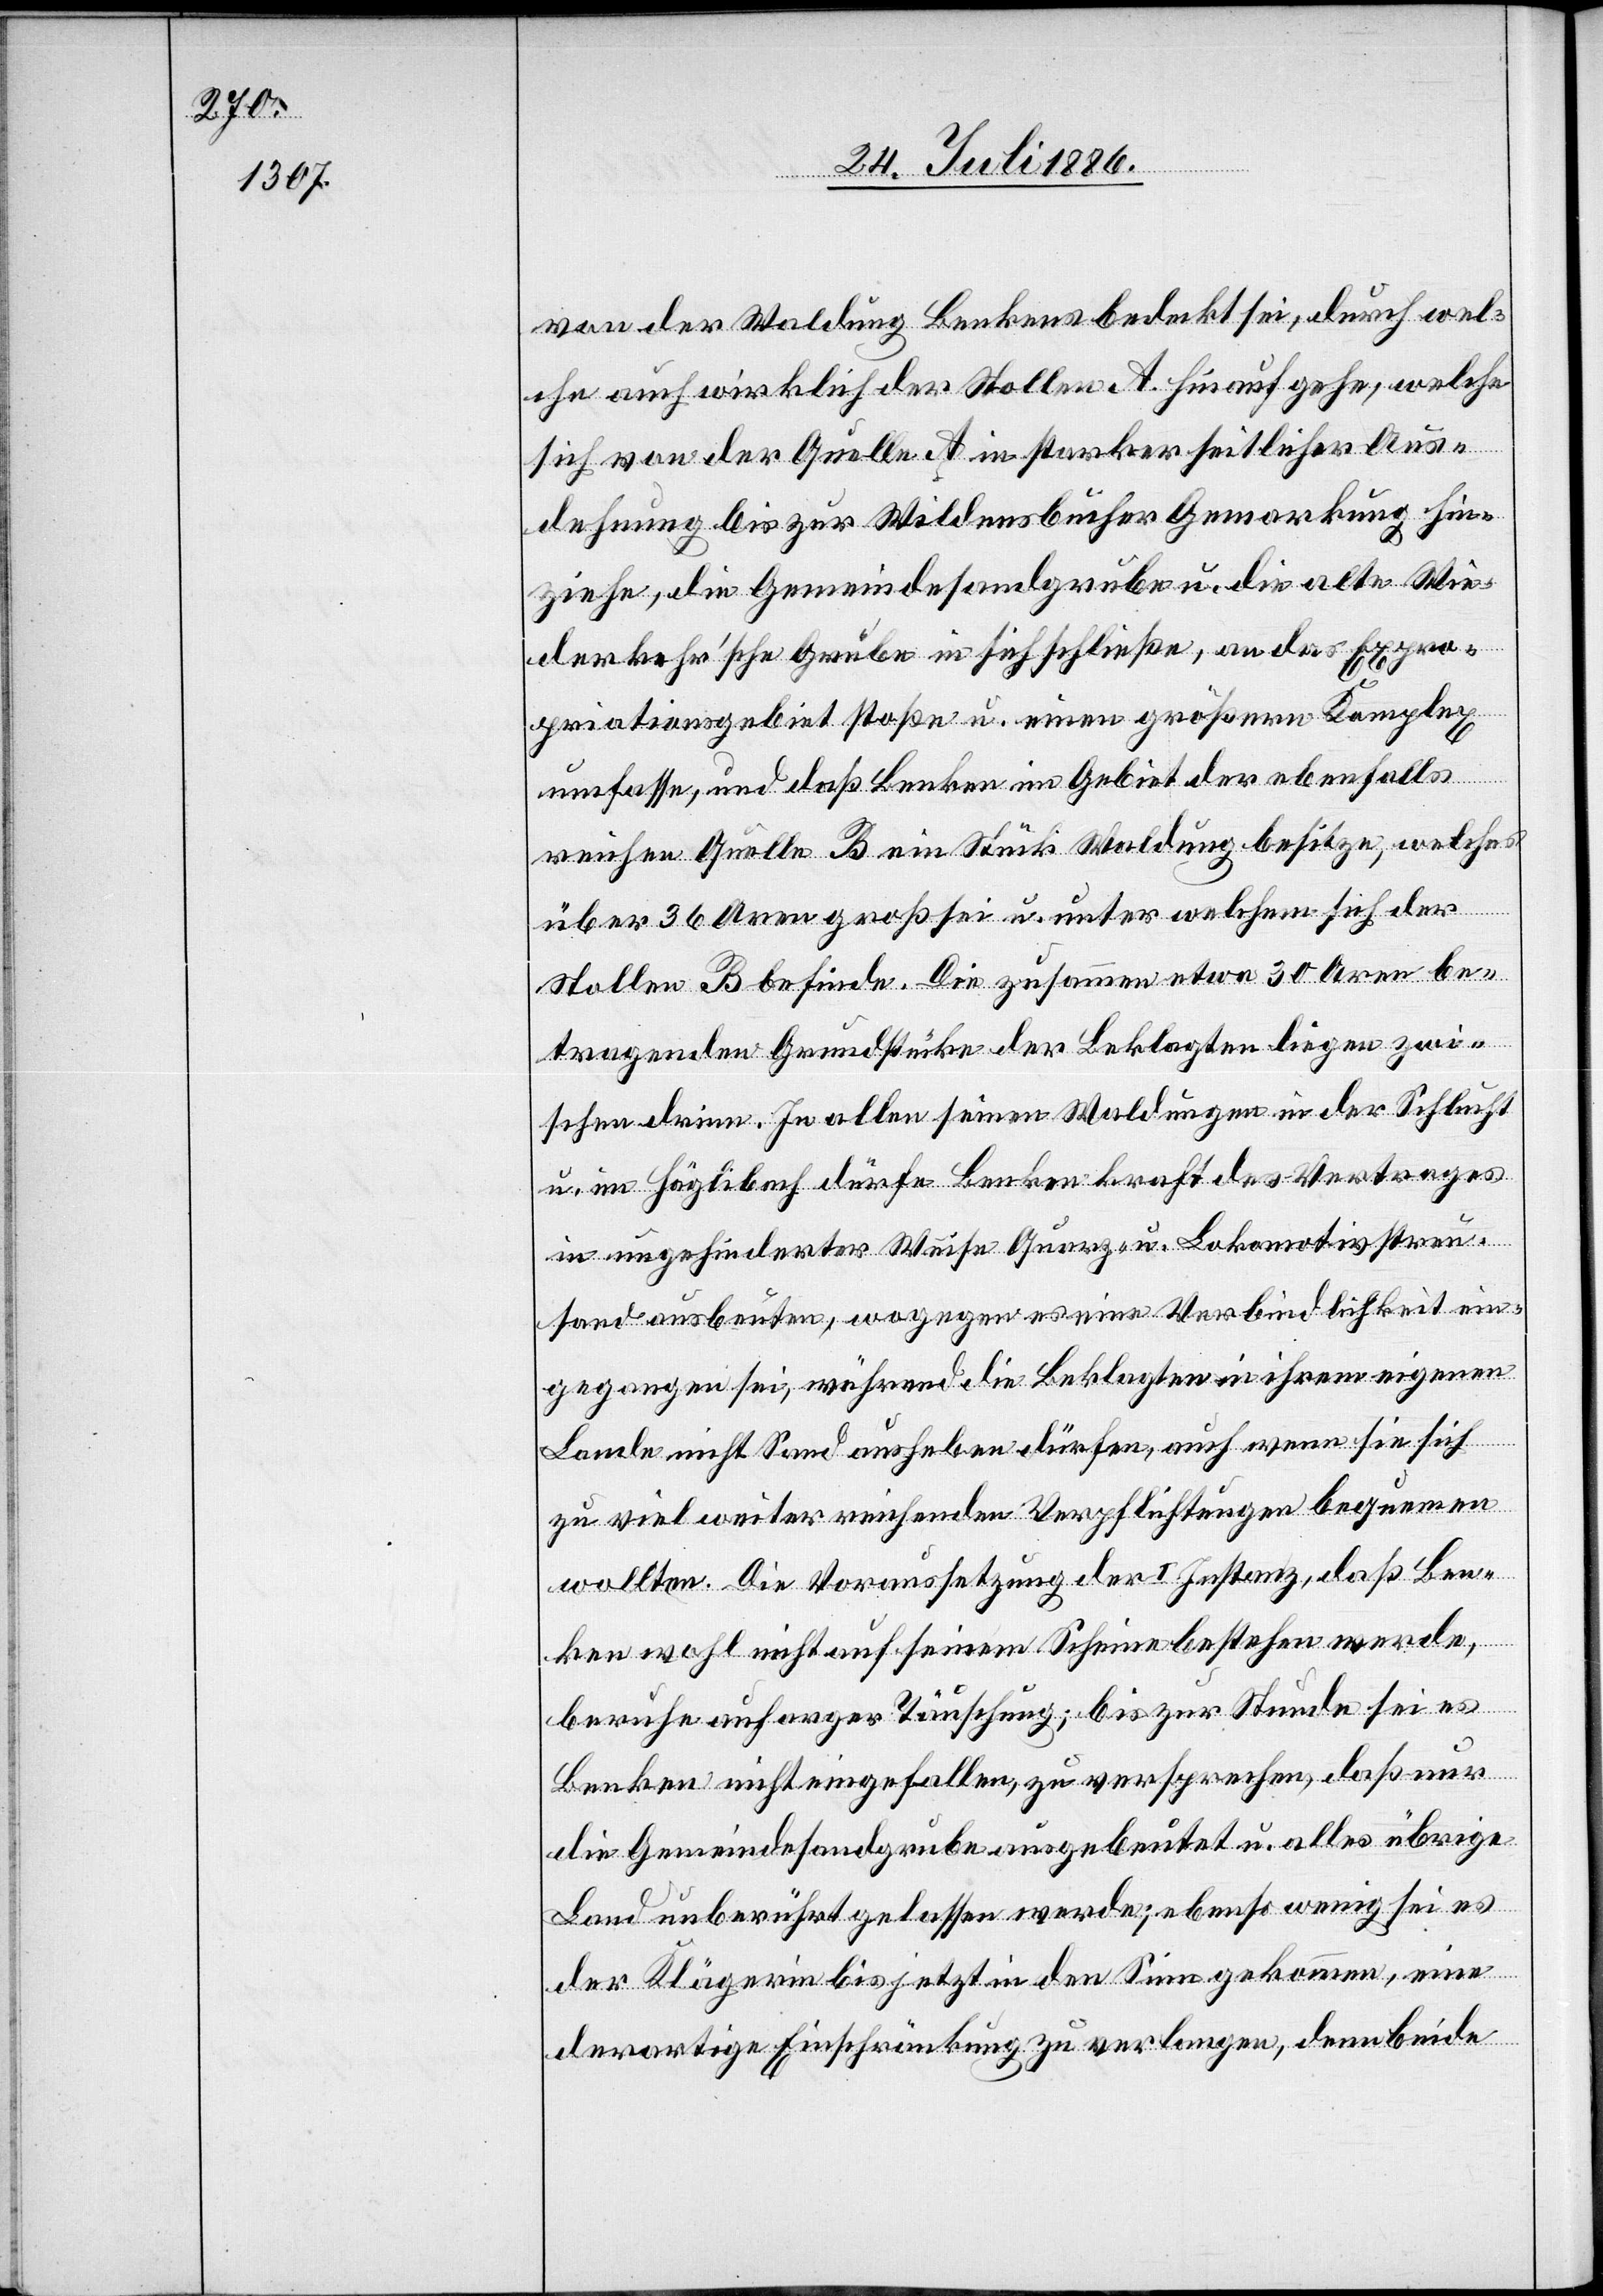
von der Waldung Benkens bedeckt sei, durch wel¬
che auch wirklich der Stollen A hinauf gehe, welche
sich von der Quelle A in starker seitlicher Aus¬
dehnung bis zur Wildensbucher Gemarkung hin¬
ziehe, die Gemeindesandgrube u. die alte Wie¬
derkehr’sche Grube in sich schließe, an das Expro¬
priationsgebiet stoße u. einen größern Komplex
umfasse, und daß Benken im Gebiet der ebenfalls
reichen Quelle B ein Stück Waldung besitze, welches
über 36 Aren groß sei u. unter welchem sich der
Stollen B befinde. Die zusammen etwa 30 Aren be¬
tragenden Grundstücke der Beklagten liegen zwi¬
schen drin. In allen seinen Waldungen in der Schlucht
u. im Häglibach dürfe Benken kraft des Vertrages
in ungehinderter Weise Quarz- u. Lokomotivstreu¬
sand ausbeuten, wogegen es eine Verbindlichkeit ein¬
gegangen sei, während die Beklagten in ihrem eigenen
Lande nicht Sand ausheben dürfen, auch wenn sie sich
viel weiter reichenden Verpflichtungen bequemen
wollten. Die Voraussetzung der I. Instanz, daß Ben¬
ken wohl nicht auf seinem Scheine bestehen werde,
berufe auf arger Täuschung; bis zur Stunde sei es
Benken nicht eingefallen, zu versprechen, daß nur
die Gemeindesandgrube ausgebeutet u. alles übrige
Land unberührt gelassen werde; ebenso wenig sei es
der Klägerin bis jetzt in den Sinn gekommen, eine
derartige Einschränkung zu verlangen, denn beide